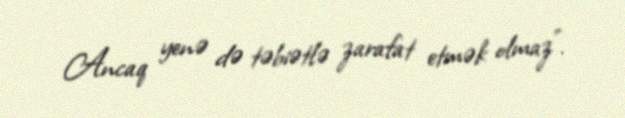
Ancaq yenə də təbiətlə zarafat etmək olmaz”.